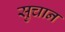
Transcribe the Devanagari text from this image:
सुचान